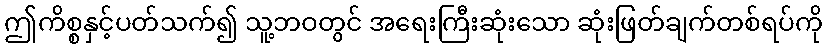
ဤကိစ္စနှင့်ပတ်သက်၍ သူ့ဘဝတွင် အရေးကြီးဆုံးသော ဆုံးဖြတ်ချက်တစ်ရပ်ကို